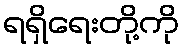
ရရှိရေးတို့ကို